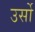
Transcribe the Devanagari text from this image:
उर्सो